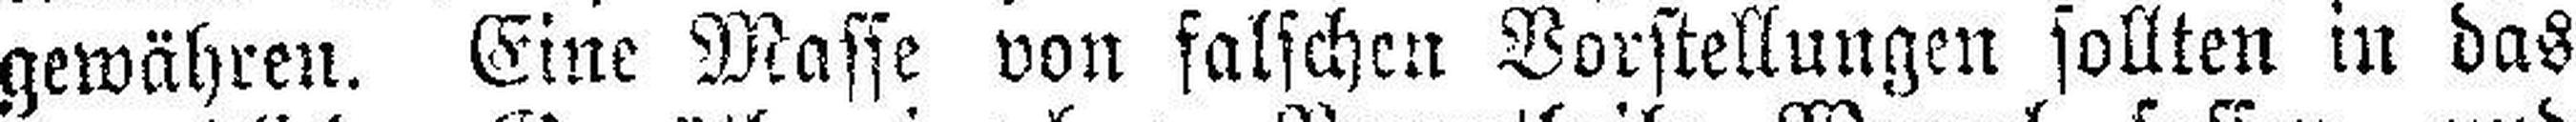
gewähren. Eine Masse von falschen Vorstellungen sollten in das